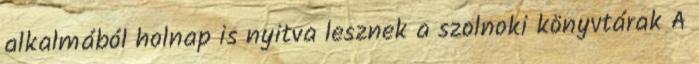
alkalmából holnap is nyitva lesznek a szolnoki könyvtárak A